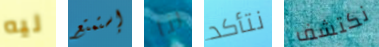
ليه إستمتع لنا نتأكد نكتشف